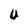
Character: U